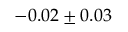
- 0 . 0 2 \pm 0 . 0 3